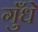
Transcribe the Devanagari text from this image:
गुँधे